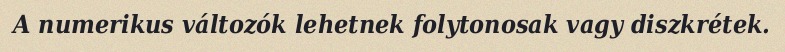
A numerikus változók lehetnek folytonosak vagy diszkrétek.